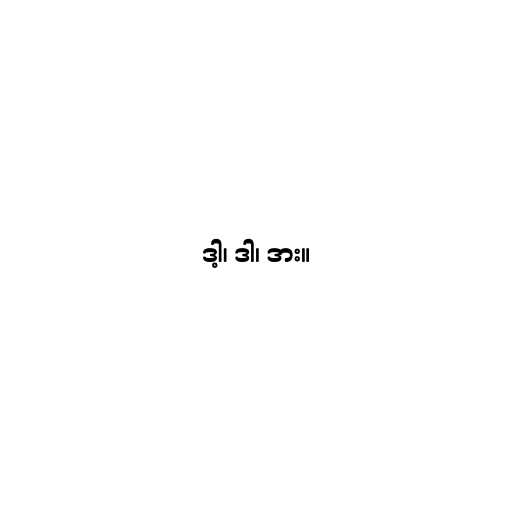
ဒါ့၊ ဒါ၊ ဒား။